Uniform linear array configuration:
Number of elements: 12
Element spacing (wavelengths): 0.25
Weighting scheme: hann
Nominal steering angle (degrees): -30
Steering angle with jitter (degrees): -30.707
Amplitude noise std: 0.05
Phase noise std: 0.05

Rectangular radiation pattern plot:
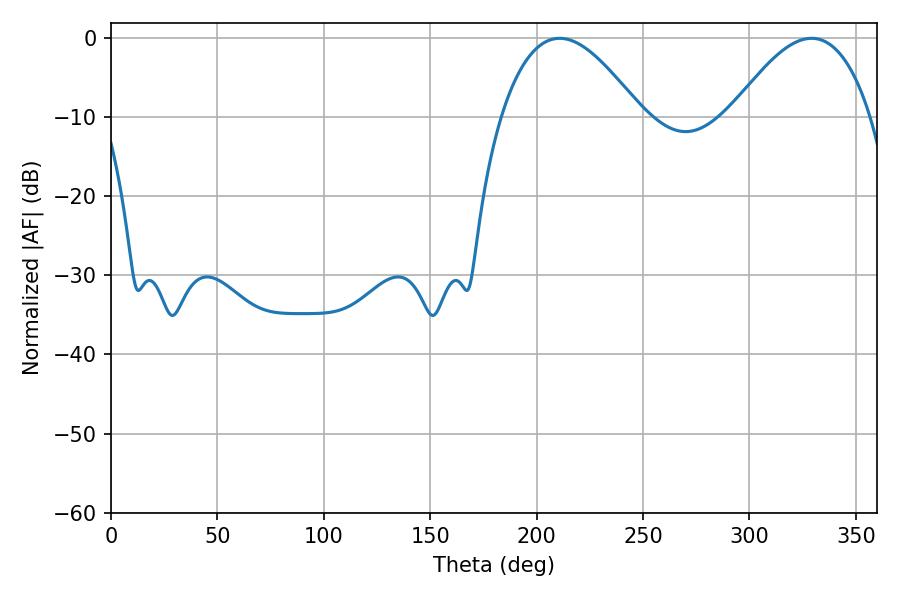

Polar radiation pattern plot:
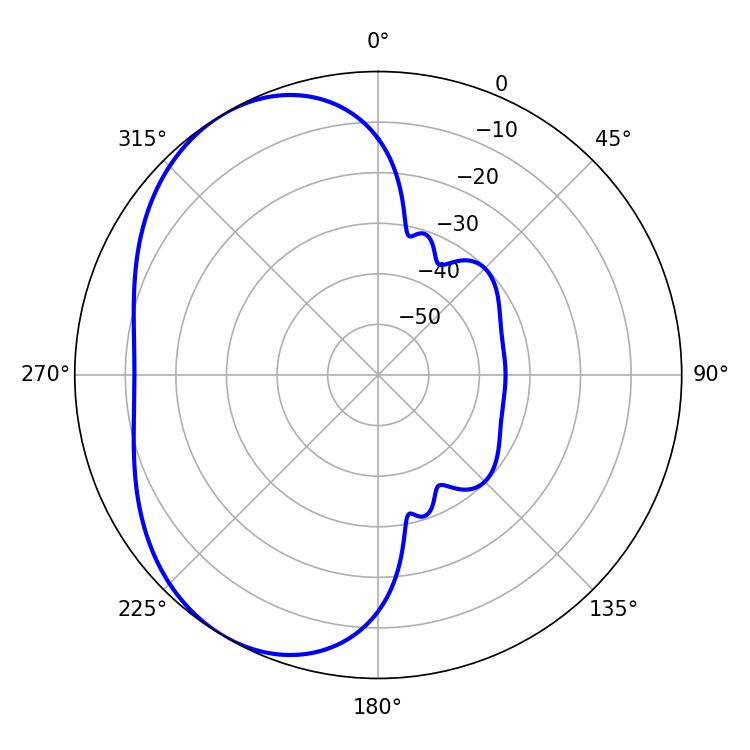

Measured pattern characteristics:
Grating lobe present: FALSE
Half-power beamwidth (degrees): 36
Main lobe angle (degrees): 210.78